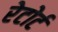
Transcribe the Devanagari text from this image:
रेटोर्ट